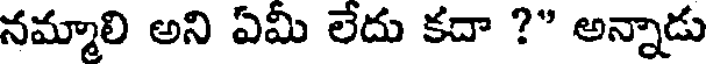
నమ్మాలి అని ఏమీ లేదు కదా ?" అన్నాడు